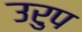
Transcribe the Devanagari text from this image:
उरुप